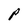
Character: P